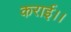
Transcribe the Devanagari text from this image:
कराई।।